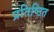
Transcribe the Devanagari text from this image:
प्रतिष्‍िठत